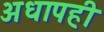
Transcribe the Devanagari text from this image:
अधापही